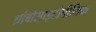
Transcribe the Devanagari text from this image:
थ्रांबोसाइटोपीनिक